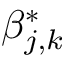
\beta _ { j , k } ^ { * }